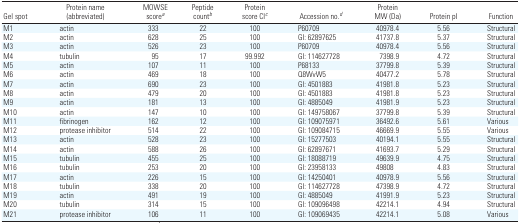
<table><thead><tr><td><b>Gel spot</b></td><td><b>Protein name (abbreviated)</b></td><td><b>MOWSE scorea</b></td><td><b>Peptide countb</b></td><td><b>Protein score CIc</b></td><td><b>Accession no.d</b></td><td><b>Protein MW (Da)</b></td><td><b>Protein pI</b></td><td><b>Function</b></td></tr></thead><tbody><tr><td>M1</td><td>actin</td><td>333</td><td>22</td><td>100</td><td>P60709</td><td>40978.4</td><td>5.56</td><td>Structural</td></tr><tr><td>M2</td><td>actin</td><td>628</td><td>25</td><td>100</td><td>GI: 62897625</td><td>41737.8</td><td>5.37</td><td>Structural</td></tr><tr><td>M3</td><td>actin</td><td>526</td><td>23</td><td>100</td><td>P60709</td><td>40978.4</td><td>5.56</td><td>Structural</td></tr><tr><td>M4</td><td>tubulin</td><td>95</td><td>17</td><td>99.992</td><td>GI: 114627728</td><td>7398.9</td><td>4.72</td><td>Structural</td></tr><tr><td>M5</td><td>actin</td><td>107</td><td>11</td><td>100</td><td>P68133</td><td>37799.8</td><td>5.39</td><td>Structural</td></tr><tr><td>M6</td><td>actin</td><td>469</td><td>18</td><td>100</td><td>Q8WvW5</td><td>40477.2</td><td>5.78</td><td>Structural</td></tr><tr><td>M7</td><td>actin</td><td>690</td><td>23</td><td>100</td><td>GI: 4501883</td><td>41981.8</td><td>5.23</td><td>Structural</td></tr><tr><td>M8</td><td>actin</td><td>479</td><td>20</td><td>100</td><td>GI: 4501883</td><td>41981.8</td><td>5.23</td><td>Structural</td></tr><tr><td>M9</td><td>actin</td><td>181</td><td>13</td><td>100</td><td>GI: 4885049</td><td>41981.9</td><td>5.23</td><td>Structural</td></tr><tr><td>M10</td><td>actin</td><td>147</td><td>10</td><td>100</td><td>GI: 149758067</td><td>37799.8</td><td>5.39</td><td>Structural</td></tr><tr><td>M11</td><td>fibrinogen</td><td>162</td><td>12</td><td>100</td><td>GI: 109075971</td><td>36492.6</td><td>5.61</td><td>Various</td></tr><tr><td>M12</td><td>protease inhibitor</td><td>514</td><td>22</td><td>100</td><td>GI: 109084715</td><td>46669.9</td><td>5.55</td><td>Various</td></tr><tr><td>M13</td><td>actin</td><td>528</td><td>23</td><td>100</td><td>GI: 15277503</td><td>40194.1</td><td>5.55</td><td>Structural</td></tr><tr><td>M14</td><td>actin</td><td>588</td><td>26</td><td>100</td><td>GI: 62897671</td><td>41693.7</td><td>5.29</td><td>Structural</td></tr><tr><td>M15</td><td>tubulin</td><td>455</td><td>25</td><td>100</td><td>GI: 18088719</td><td>49639.9</td><td>4.75</td><td>Structural</td></tr><tr><td>M16</td><td>tubulin</td><td>253</td><td>20</td><td>100</td><td>GI: 23958133</td><td>49808</td><td>4.83</td><td>Structural</td></tr><tr><td>M17</td><td>actin</td><td>226</td><td>15</td><td>100</td><td>GI: 14250401</td><td>40978.9</td><td>5.56</td><td>Structural</td></tr><tr><td>M18</td><td>tubulin</td><td>338</td><td>20</td><td>100</td><td>GI: 114627728</td><td>47398.9</td><td>4.72</td><td>Structural</td></tr><tr><td>M19</td><td>actin</td><td>491</td><td>19</td><td>100</td><td>GI: 4885049</td><td>41991.9</td><td>5.23</td><td>Structural</td></tr><tr><td>M20</td><td>tubulin</td><td>314</td><td>15</td><td>100</td><td>GI: 109096498</td><td>42214.1</td><td>4.94</td><td>Structural</td></tr><tr><td>M21</td><td>protease inhibitor</td><td>106</td><td>11</td><td>100</td><td>GI: 109069435</td><td>42214.1</td><td>5.08</td><td>Various</td></tr></tbody></table>